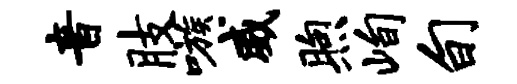
音肢嗾威煦峋旬